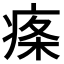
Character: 𤶫